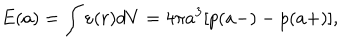
E ( a ) = \int { \varepsilon ( r ) d V } = 4 \pi a ^ { 3 } [ p ( a - ) - p ( a + ) ] ,